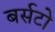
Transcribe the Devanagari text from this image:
बर्सटो